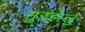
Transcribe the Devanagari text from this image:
मुरझेलु